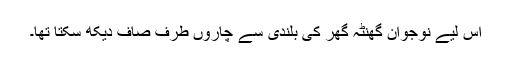
اس لیے نوجوان گھنٹہ گھر کی بلندی سے چاروں طرف صاف دیکھ سکتا تھا۔